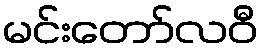
မင်းတော်လဝီ